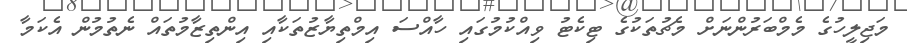
މަޖިލީހުގެ މެމްބަރުންނަށް މެޗުތަކުގެ ޓިކެޓު ވިއްކުމުގައި ހާއްސަ އިމްތިޔާޒުތަކާއި އިންތިޒާމުތައް ނެތުމުން އެކަމާ